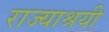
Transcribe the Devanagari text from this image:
राज्याश्रयी